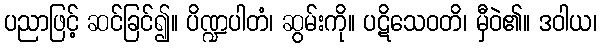
ပညာဖြင့် ဆင်ခြင်၍။ ပိဏ္ဍပါတံ၊ ဆွမ်းကို။ ပဋိသေဝတိ၊ မှီဝဲ၏။ ဒဝါယ၊